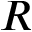
{ \cal R }